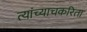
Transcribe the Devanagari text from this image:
त्यांच्याचकरिता